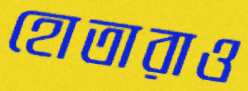
হোতারাও